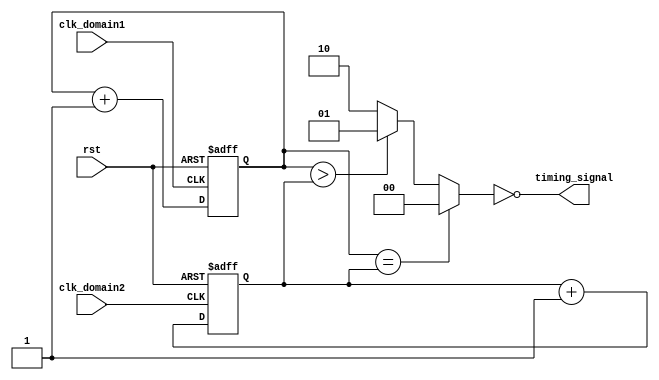
module multirate_timer (
  input wire clk_domain1,
  input wire clk_domain2,
  input wire rst,
  output wire timing_signal
);

reg [31:0] timer1;
reg [31:0] timer2;
reg [1:0] sync_logic;

always @(posedge clk_domain1 or posedge rst) begin
  if (rst)
    timer1 <= 0;
  else
    timer1 <= timer1 + 1;
end

always @(posedge clk_domain2 or posedge rst) begin
  if (rst)
    timer2 <= 0;
  else
    timer2 <= timer2 + 1;
end

always @(*) begin
  if (timer1 == timer2)
    sync_logic <= 2'b00;
  else if (timer1 > timer2)
    sync_logic <= 2'b01;
  else
    sync_logic <= 2'b10;
end

assign timing_signal = (sync_logic == 2'b00);

endmodule